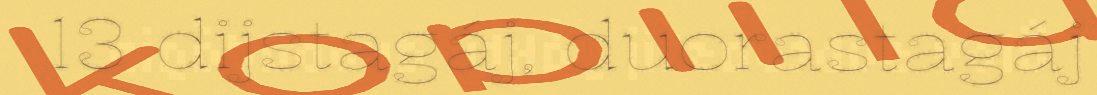
13 dijstagáj, duorastagáj